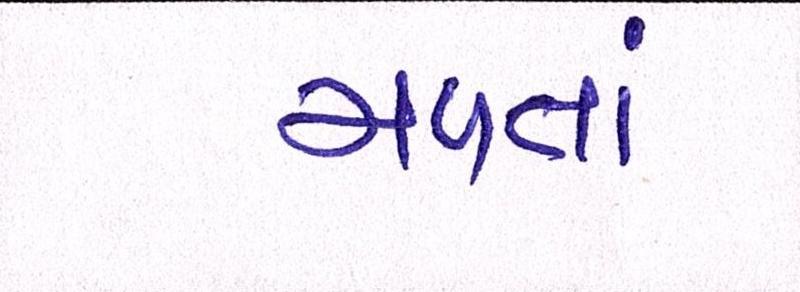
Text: મળતાં